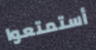
أستمتعوا